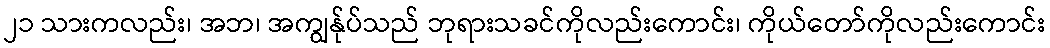
၂၁ သားကလည်း၊ အဘ၊ အကျွန်ုပ်သည် ဘုရားသခင်ကိုလည်းကောင်း၊ ကိုယ်တော်ကိုလည်းကောင်း